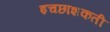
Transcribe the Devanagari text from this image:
इचछाशकती